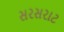
સરસરાટ